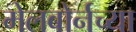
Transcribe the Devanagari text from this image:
मेलबोर्नच्या